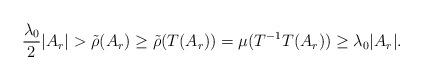
LaTeX: \begin{align*}\frac{\lambda_{0}}{2}| A_{r}|>\tilde{\rho}(A_{r})\geq\tilde{\rho}(T(A_{r}))=\mu(T^{-1}T(A_{r}))\geq\lambda_{0}| A_{r}|.\end{align*}